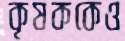
কৃষককেও